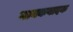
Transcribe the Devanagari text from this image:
गायकवादक